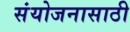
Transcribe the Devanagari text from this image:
संयोजनासाठी